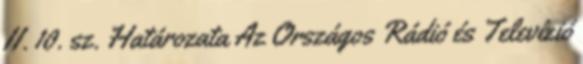
II. 10. sz. Határozata Az Országos Rádió és Televízió